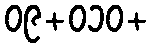
၀၉+၀၁၀+